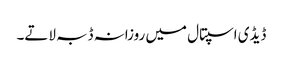
ڈیڈی اسپتال میں روزانہ ڈبہ لاتے۔